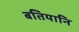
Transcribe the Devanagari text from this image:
बतियानि